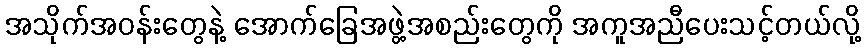
အသိုက်အဝန်းတွေနဲ့ အောက်ခြေအဖွဲ့အစည်းတွေကို အကူအညီပေးသင့်တယ်လို့